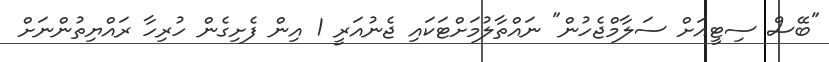
"ބޭސް ސިޓީއަށް ސަލާމްޖެހުން" ނައްތާލުމަށްޓަކައި ޖެނުއަރީ 1 އިން ފެށިގެން ހުރިހާ ރައްޔިތުންނަށް